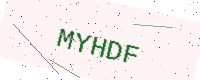
Text: MYHDF